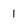
Character: 1